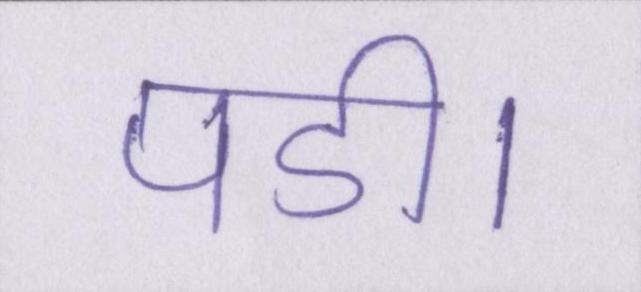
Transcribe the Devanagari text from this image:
पडी।